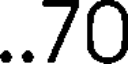
..70